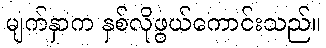
မျက်နှာက နှစ်လိုဖွယ်ကောင်းသည်။